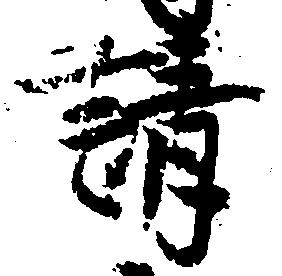
請